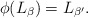
\begin{align*}\phi(L_\beta) = L_{\beta'}.\end{align*}